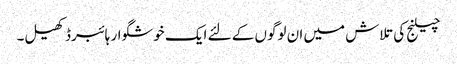
چیلنج کی تلاش میں ان لوگوں کے لئے ایک خوشگوار ہائبرڈ کھیل۔